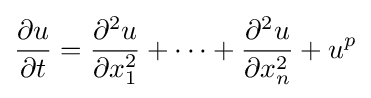
{\frac {\partial u}{\partial t}}={\frac {\partial ^{2}u}{\partial x_{1}^{2}}}+\cdots +{\frac {\partial ^{2}u}{\partial x_{n}^{2}}}+u^{p}